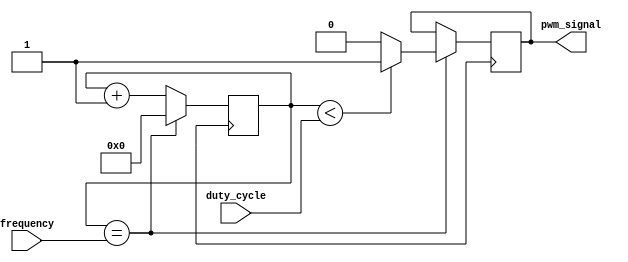
module pwm_generator(
    input wire [7:0] duty_cycle,
    input wire [15:0] frequency,
    output reg pwm_signal
);

reg [15:0] counter;

always @ (posedge clk) begin
    if (counter == frequency) begin
        counter <= 0;
        pwm_signal <= (counter < duty_cycle) ? 1'b1 : 1'b0;
    end else begin
        counter <= counter + 1;
    end
end

endmodule